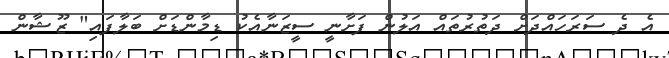
އެ ދެ ސަރަހައްދަށް ދަތުރުތައް އަލުން ފަށާނީ ސީޒަނާއެކު ޑިމާންޑަށް ބަލާފައި" ޒޫޝާން